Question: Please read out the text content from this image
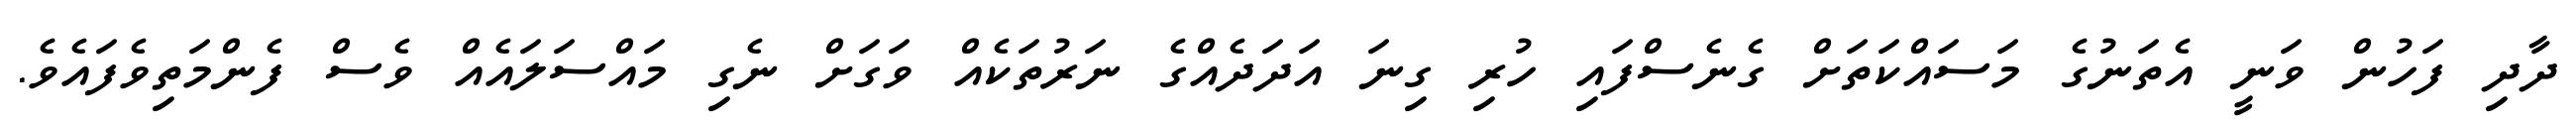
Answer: ދާދި ފަހުން ވަނީ އެތަނުގެ މަސައްކަތަށް ގެނެސްފައި ހުރި ގިނަ އަދަދެއްގެ ނަރުތަކެއް ވަގަށް ނެގި މައްސަލައެއް ވެސް ފެންމަތިވެފައެވެ.